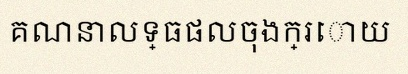
គណនាលទ្ធផលចុងក្រោយ